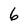
Character: 6